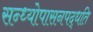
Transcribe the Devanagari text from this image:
सन्ध्याेपासनपद्धति